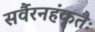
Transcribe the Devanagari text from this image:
सर्वैरनहंकृतैः